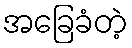
အခြေခံတဲ့